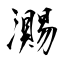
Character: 瀃